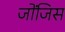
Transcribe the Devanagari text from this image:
जोंजिस